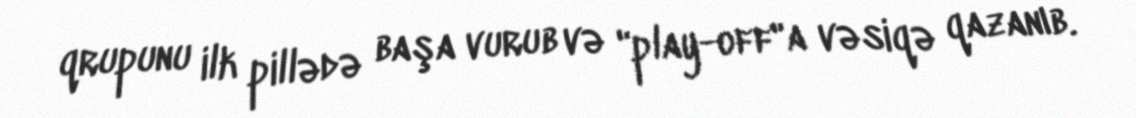
qrupunu ilk pillədə başa vurub və "play-off"a vəsiqə qazanıb.